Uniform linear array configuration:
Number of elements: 64
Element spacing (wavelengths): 0.5
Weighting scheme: binomial
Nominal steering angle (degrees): -45
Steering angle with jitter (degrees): -43.262
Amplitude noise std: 0.05
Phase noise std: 0.05

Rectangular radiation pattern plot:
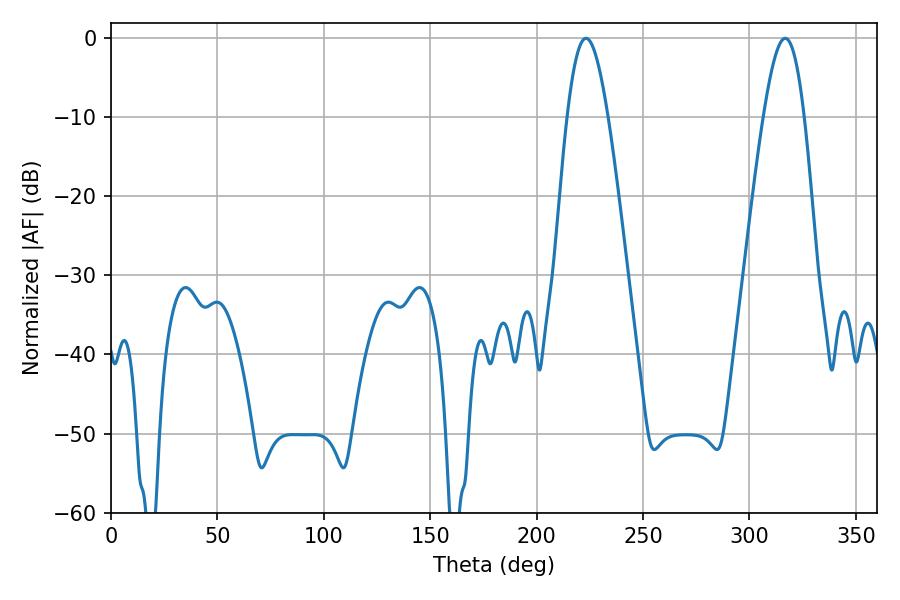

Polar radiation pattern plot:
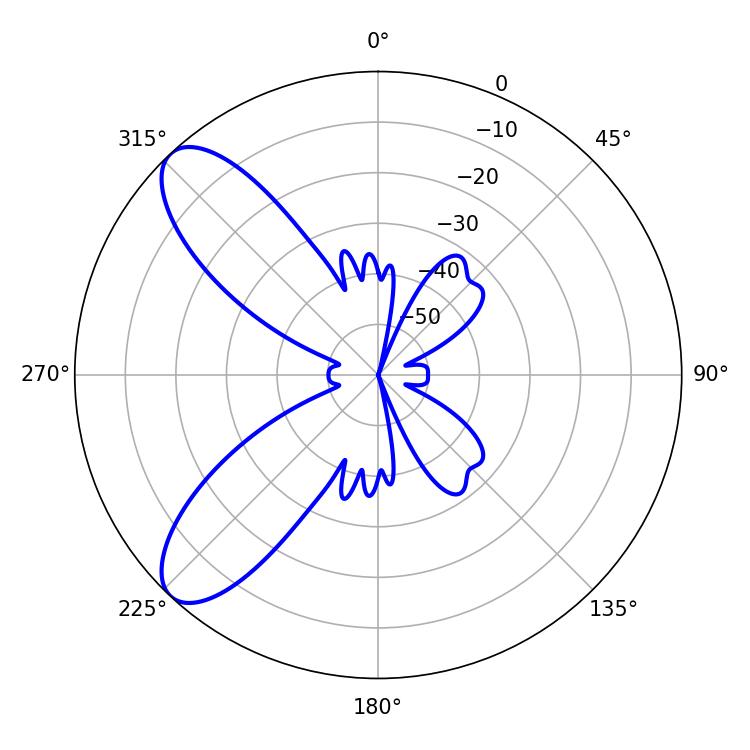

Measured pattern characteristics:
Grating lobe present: FALSE
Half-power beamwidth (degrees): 10.26
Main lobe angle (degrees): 223.2